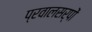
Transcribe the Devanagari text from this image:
प्रवालसर्पों